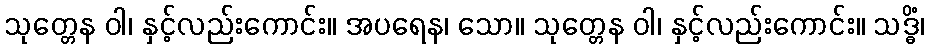
သုတ္တေန ဝါ၊ နှင့်လည်းကောင်း။ အပရေန၊ သော။ သုတ္တေန ဝါ၊ နှင့်လည်းကောင်း။ သဒ္ဓိံ၊